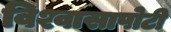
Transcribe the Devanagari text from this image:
विश्वासापोटी